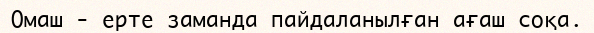
Омаш - ерте заманда пайдаланылған ағаш соқа.